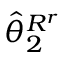
\widehat { \theta } _ { 2 } ^ { R ^ { r } }